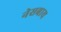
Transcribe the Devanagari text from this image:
नेसबाय